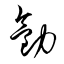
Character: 勸